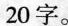
20字。